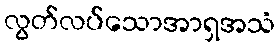
လွတ်လပ်သောအာရှအသံ